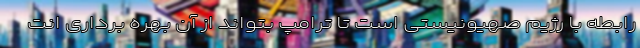
رابطه با رژیم صهیونیستی است تا ترامپ بتواند از آن بهره برداری انت